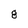
Character: 8